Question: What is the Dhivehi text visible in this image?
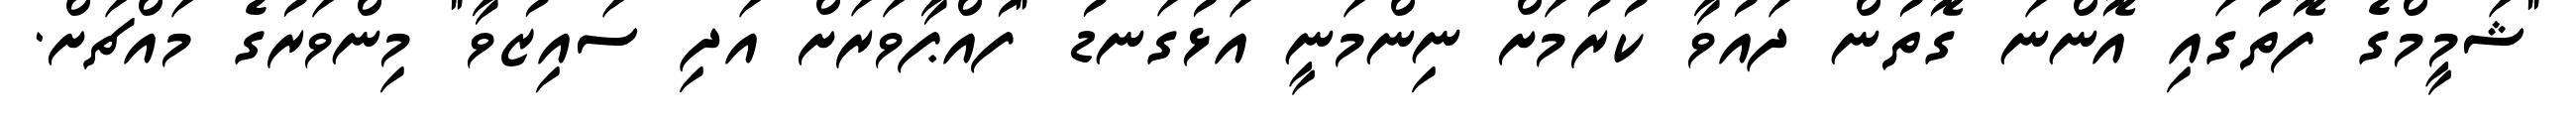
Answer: "ޝަމީމްގެ ފޮތުގައި އޮންނަ ގޮތުން ދައުވާ ކުރުމަށް ނިންމަނީ އަޅުގަނޑު "ފުއްޕާވަރަށް އަދި ސައިޒުވާ" މިންވަރުގެ މައްޗަށް.